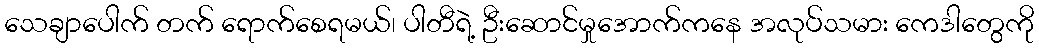
သေချာပေါက် တက် ရောက်စေရမယ်၊ ပါတီရဲ့ ဦးဆောင်မှုအောက်ကနေ အလုပ်သမား ကေဒါတွေကို